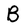
Character: B